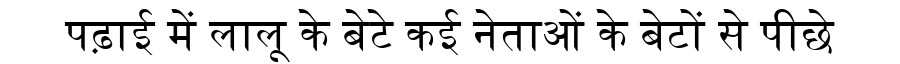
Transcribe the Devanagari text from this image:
पढ़ाई में लालू के बेटे कई नेताओं के बेटों से पीछे